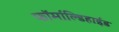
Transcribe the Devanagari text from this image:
फॉर्माल्डिहाईड